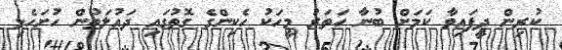
ކުރިން ދީފައިވާ ކަމަށް ބުނާ ހަތަރު މީހަކު ހެކިންގެ ގޮތުގައި ދައުލަތުން ހުށަހެޅި